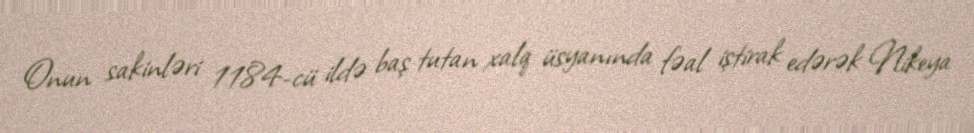
Onun sakinləri 1184-cü ildə baş tutan xalq üsyanında fəal iştirak edərək Nikeya